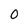
Character: 0